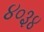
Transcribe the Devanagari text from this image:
४०३४